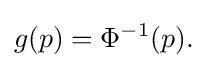
g(p)=\Phi ^{-1}(p).\,\!